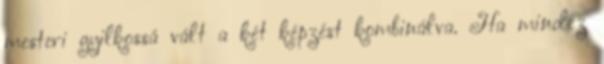
mesteri gyilkossá vált a két képzést kombinálva. Ha mindez